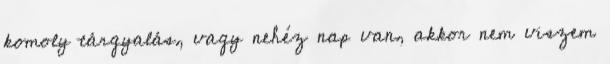
komoly tárgyalás, vagy nehéz nap van, akkor nem viszem